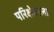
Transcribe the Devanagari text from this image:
परिक्षेत्राला